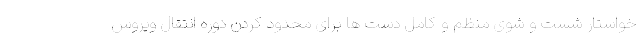
خواستار شست و شوی منظم و کامل دست ها برای محدود کردن دوره انتقال ویروس